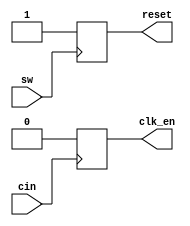
module ritam_control(output reg reset, clk_en,input cin, sw);

initial begin
reset = 0;
clk_en = 1;
end

always @(posedge sw) begin 
reset = 1;
end

always @(negedge cin)begin
clk_en = 0;

end

endmodule